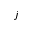
j